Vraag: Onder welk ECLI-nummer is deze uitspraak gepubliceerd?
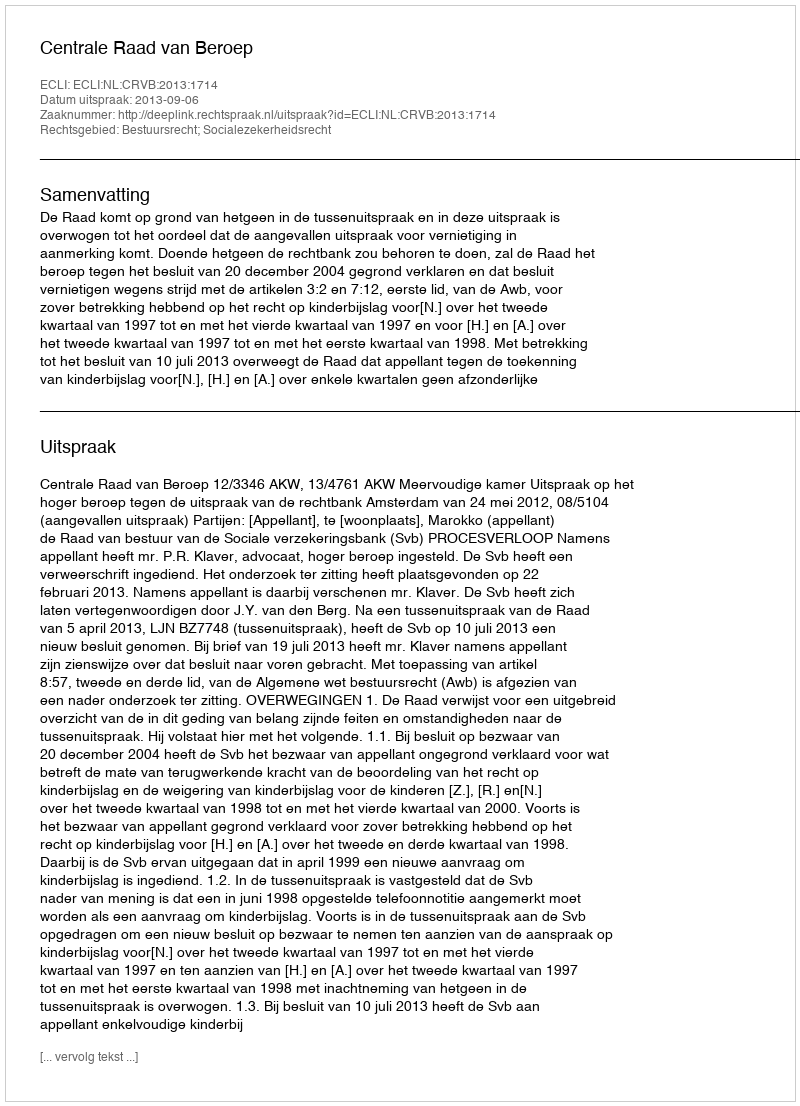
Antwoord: ECLI:NL:CRVB:2013:1714